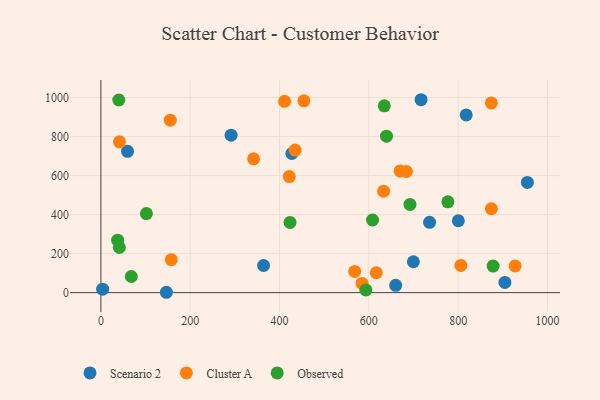
{"axis": {"x": "Experience", "y": "Rating"}, "legend": ["Cluster A", "Observed", "Scenario 2"], "data": [{"x": "427.6", "y": 713.2, "type": "Scenario 2"}, {"x": "59.7", "y": 724.5, "type": "Scenario 2"}, {"x": "660.1", "y": 37.6, "type": "Scenario 2"}, {"x": "146.6", "y": 1.8, "type": "Scenario 2"}, {"x": "3.9", "y": 17.6, "type": "Scenario 2"}, {"x": "800.4", "y": 368.5, "type": "Scenario 2"}, {"x": "364.3", "y": 139.1, "type": "Scenario 2"}, {"x": "736.0", "y": 360.4, "type": "Scenario 2"}, {"x": "904.7", "y": 52.1, "type": "Scenario 2"}, {"x": "955.0", "y": 564.9, "type": "Scenario 2"}, {"x": "717.0", "y": 989.0, "type": "Scenario 2"}, {"x": "699.7", "y": 158.4, "type": "Scenario 2"}, {"x": "818.0", "y": 911.0, "type": "Scenario 2"}, {"x": "291.6", "y": 807.0, "type": "Scenario 2"}, {"x": "411.3", "y": 980.8, "type": "Cluster A"}, {"x": "874.4", "y": 972.4, "type": "Cluster A"}, {"x": "421.9", "y": 595.1, "type": "Cluster A"}, {"x": "434.8", "y": 730.9, "type": "Cluster A"}, {"x": "616.7", "y": 102.0, "type": "Cluster A"}, {"x": "342.0", "y": 685.9, "type": "Cluster A"}, {"x": "927.6", "y": 136.8, "type": "Cluster A"}, {"x": "633.1", "y": 520.0, "type": "Cluster A"}, {"x": "155.4", "y": 884.3, "type": "Cluster A"}, {"x": "684.1", "y": 621.1, "type": "Cluster A"}, {"x": "670.0", "y": 623.8, "type": "Cluster A"}, {"x": "41.7", "y": 772.9, "type": "Cluster A"}, {"x": "874.4", "y": 430.5, "type": "Cluster A"}, {"x": "568.3", "y": 108.7, "type": "Cluster A"}, {"x": "584.9", "y": 47.1, "type": "Cluster A"}, {"x": "157.7", "y": 169.1, "type": "Cluster A"}, {"x": "454.6", "y": 983.6, "type": "Cluster A"}, {"x": "806.1", "y": 139.7, "type": "Cluster A"}, {"x": "101.9", "y": 405.4, "type": "Observed"}, {"x": "423.5", "y": 359.8, "type": "Observed"}, {"x": "593.3", "y": 13.8, "type": "Observed"}, {"x": "777.0", "y": 465.7, "type": "Observed"}, {"x": "608.3", "y": 372.4, "type": "Observed"}, {"x": "692.1", "y": 452.2, "type": "Observed"}, {"x": "878.3", "y": 136.1, "type": "Observed"}, {"x": "634.6", "y": 957.7, "type": "Observed"}, {"x": "68.1", "y": 82.8, "type": "Observed"}, {"x": "639.5", "y": 802.2, "type": "Observed"}, {"x": "37.5", "y": 268.7, "type": "Observed"}, {"x": "40.1", "y": 987.6, "type": "Observed"}, {"x": "41.4", "y": 231.4, "type": "Observed"}]}